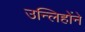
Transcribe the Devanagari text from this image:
उन्लिहोंने